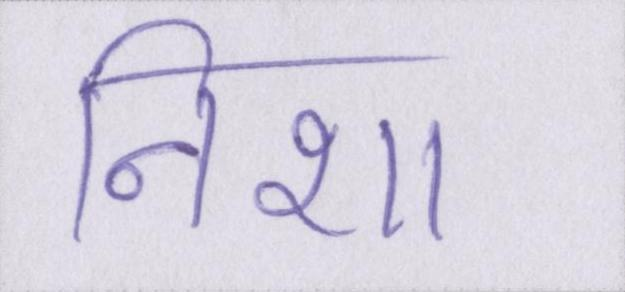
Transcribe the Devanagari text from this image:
निशा